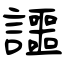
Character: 讍